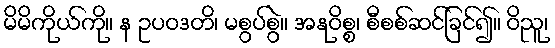
မိမိကိုယ်ကို။ န ဥပဝဒတိ၊ မစွပ်စွဲ။ အနုဝိစ္စ၊ စီစစ်ဆင်ခြင်၍။ ဝိညူ၊